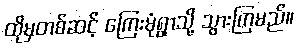
ထိုမှတစ်ဆင့် ကြေးမုံရွာသို့ သွားကြမည်။